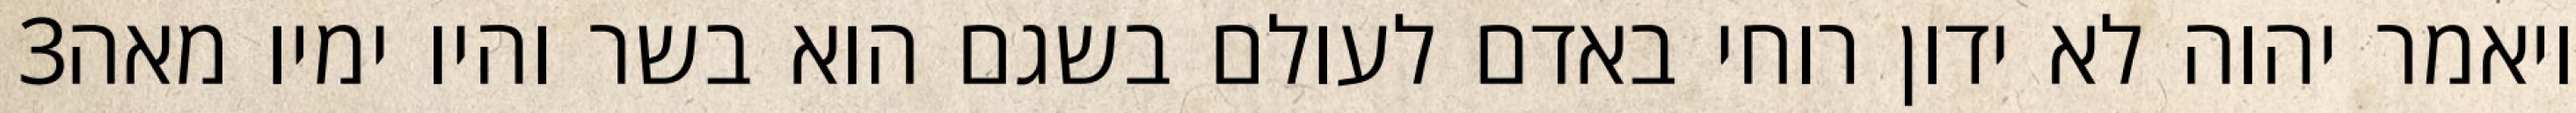
‎3‏ ויאמר יהוה לא ידון רוחי באדם לעולם בשגם הוא בשר והיו ימיו מאה